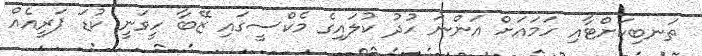
ތަނބިކަށްޓާއި ހަމައަށް އަންނަ ހުދު ކުލައިގެ މެކްސީގައި ޒޭބާ ހީވަނީ ކުޑަ ޕަރީއެއް